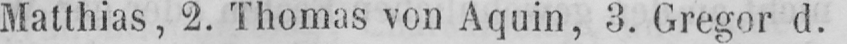
Matthias, 2. Thomas von Aquin, 3. Gregor d.